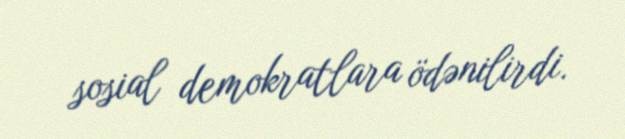
sosial demokratlara ödənilirdi.